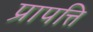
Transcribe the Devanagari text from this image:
प्रापत्ति